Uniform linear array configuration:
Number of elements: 4
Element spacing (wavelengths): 0.75
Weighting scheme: kaiser
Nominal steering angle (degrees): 60
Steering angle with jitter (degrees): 60.036
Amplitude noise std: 0.05
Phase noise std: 0.05

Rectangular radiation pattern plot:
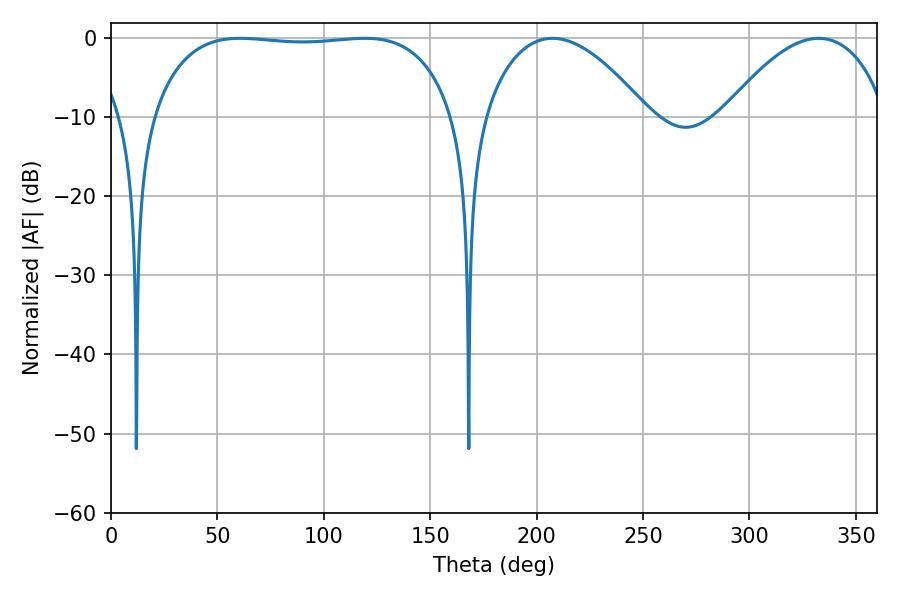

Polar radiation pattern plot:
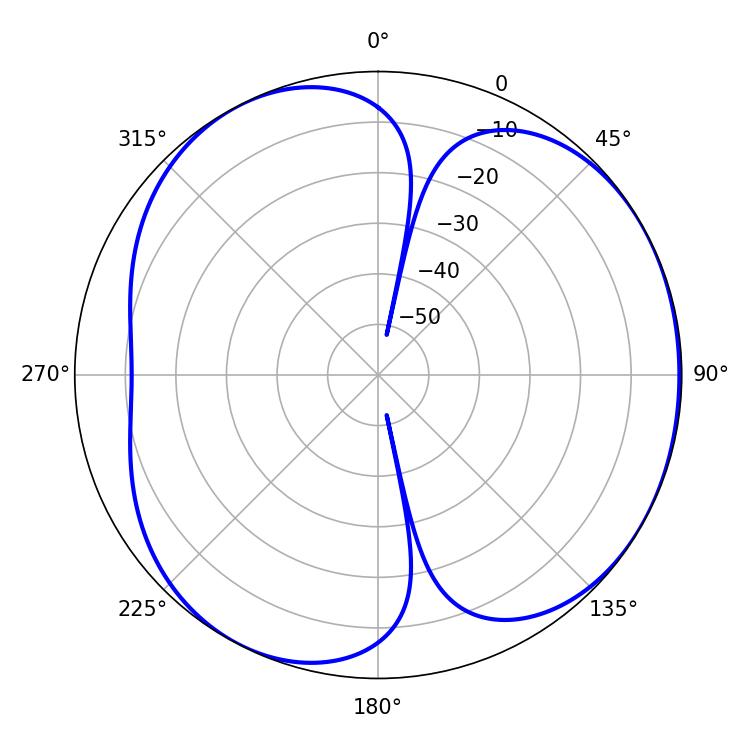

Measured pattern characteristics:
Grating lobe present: TRUE
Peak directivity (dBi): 4.262
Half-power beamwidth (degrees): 112.32
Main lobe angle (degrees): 60.66